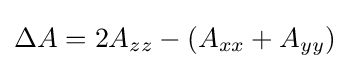
\Delta A=2A_{zz}-(A_{xx}+A_{yy})